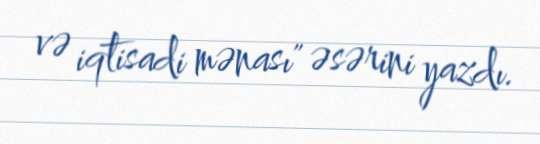
və iqtisadi mənası" əsərini yazdı.